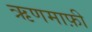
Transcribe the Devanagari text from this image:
ऋणमाफ़ी